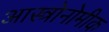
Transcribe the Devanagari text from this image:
आस्त्रोनोमीक